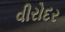
વીરોદર